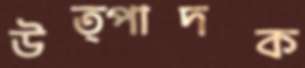
উত্পাদক